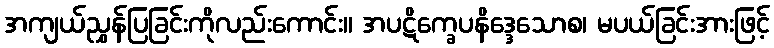
အကျယ်ညွှန်ပြခြင်းကိုလည်းကောင်း။ အပဋိက္ခေပနိဒ္ဒေသောစ၊ မပယ်ခြင်းအားဖြင့်